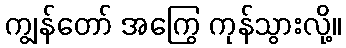
ကျွန်တော် အကြွေ ကုန်သွားလို့။